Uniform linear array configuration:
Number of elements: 16
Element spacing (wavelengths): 0.25
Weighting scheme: hamming
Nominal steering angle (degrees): -15
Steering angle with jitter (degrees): -14.303
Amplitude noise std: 0.05
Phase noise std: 0.05

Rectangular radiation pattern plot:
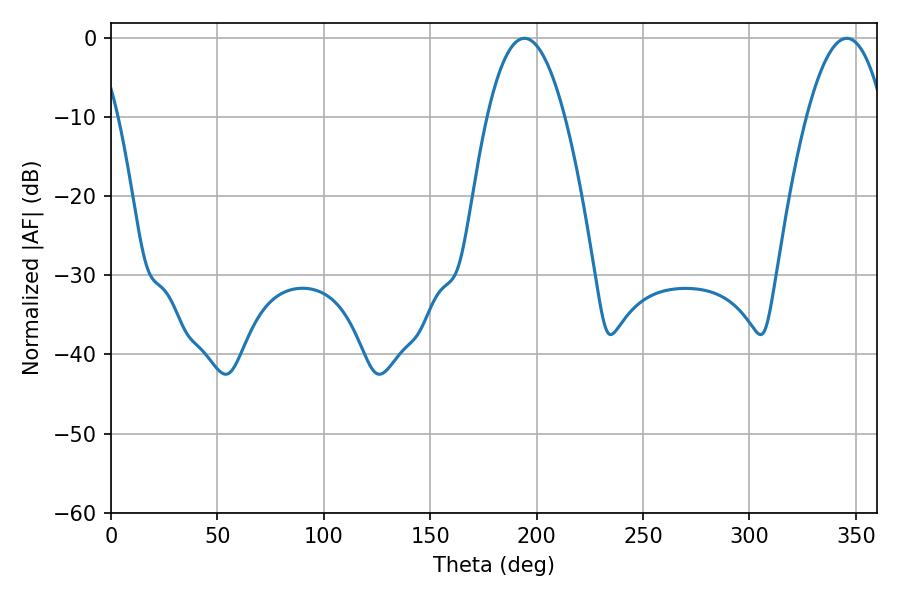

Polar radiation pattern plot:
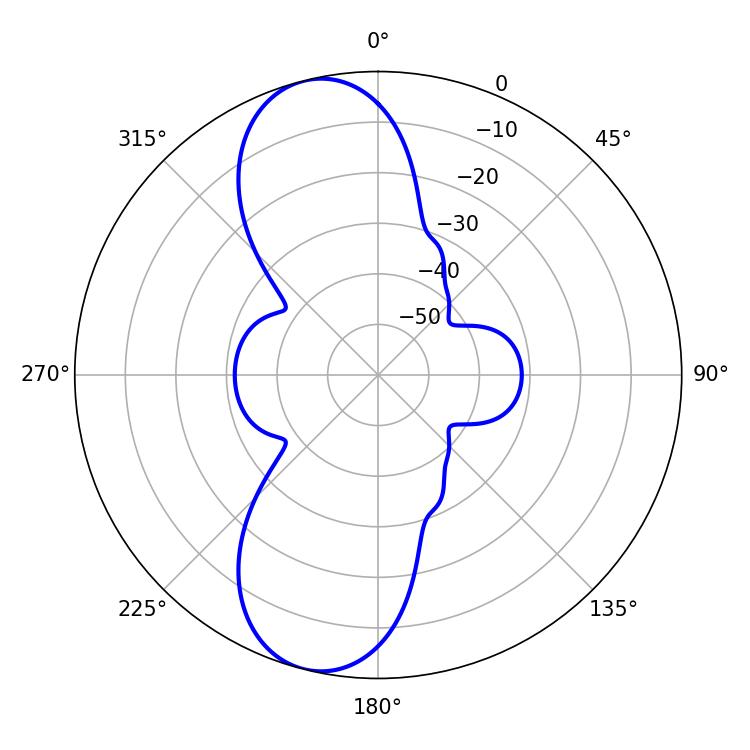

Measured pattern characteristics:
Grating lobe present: FALSE
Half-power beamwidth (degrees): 19.98
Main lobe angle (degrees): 194.22